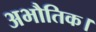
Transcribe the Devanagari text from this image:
अभौतिक।